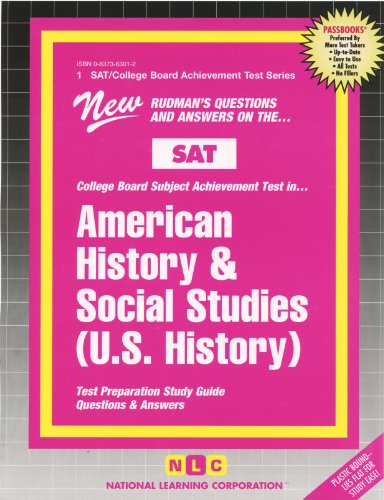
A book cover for AMERICAN HISTORY & SOCIAL STUDIES (U.S. HISTORY) (SAT Subject Test Series) (Passbooks) (COLLEGE BOARD SAT SUBJECT TEST SERIES (SAT)); Jack Rudman; Test Preparation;